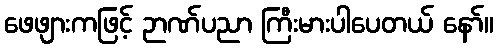
ဖေဖျားကဖြင့် ဉာဏ်ပညာ ကြီးမားပါပေတယ် နော်။